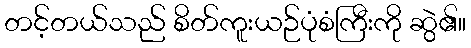
တင့်တယ်သည် စိတ်ကူးယဉ်ပုံစံကြီးကို ဆွဲ၏။